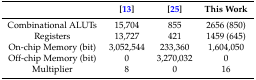
<table><thead><tr><td></td><td><b>[13]</b></td><td><b>[25]</b></td><td><b>This Work</b></td></tr></thead><tbody><tr><td>Combinational ALUTs</td><td>15,704</td><td>855</td><td>2656 (850)</td></tr><tr><td>Registers</td><td>13,727</td><td>421</td><td>1459 (645)</td></tr><tr><td>On-chip Memory (bit)</td><td>3,052,544</td><td>233,360</td><td>1,604,050</td></tr><tr><td>Off-chip Memory (bit)</td><td>0</td><td>3,270,032</td><td>0</td></tr><tr><td>Multiplier</td><td>8</td><td>0</td><td>16</td></tr></tbody></table>